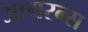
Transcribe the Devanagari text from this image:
आयरन्‍स